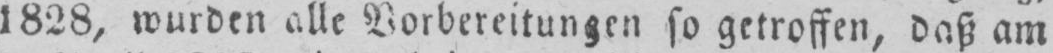
1828, wurden alle Vorbereitungen so getroffen, daß am